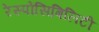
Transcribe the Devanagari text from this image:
रेस्पोंसिबिलिटी